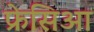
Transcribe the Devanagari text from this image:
फ्रेसिआ